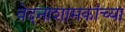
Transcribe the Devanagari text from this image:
वेदनाशामकांच्या